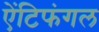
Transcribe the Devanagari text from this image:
ऐंटिफंगल